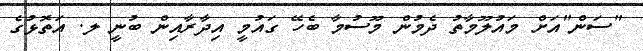
"ސަން"އަށް މައުލޫމާތު ދެމުން މޫސުމާ ބެހޭ ގައުމީ އިދާރާއިން ބުނީ ލ. އަތޮޅުގެ